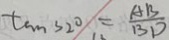
\tan 3 2 ^ { \circ } = \frac { A B } { B D }